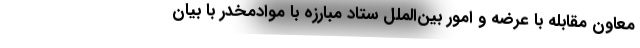
معاون مقابله با عرضه و امور بین‌الملل ستاد مبارزه با موادمخدر با بیان